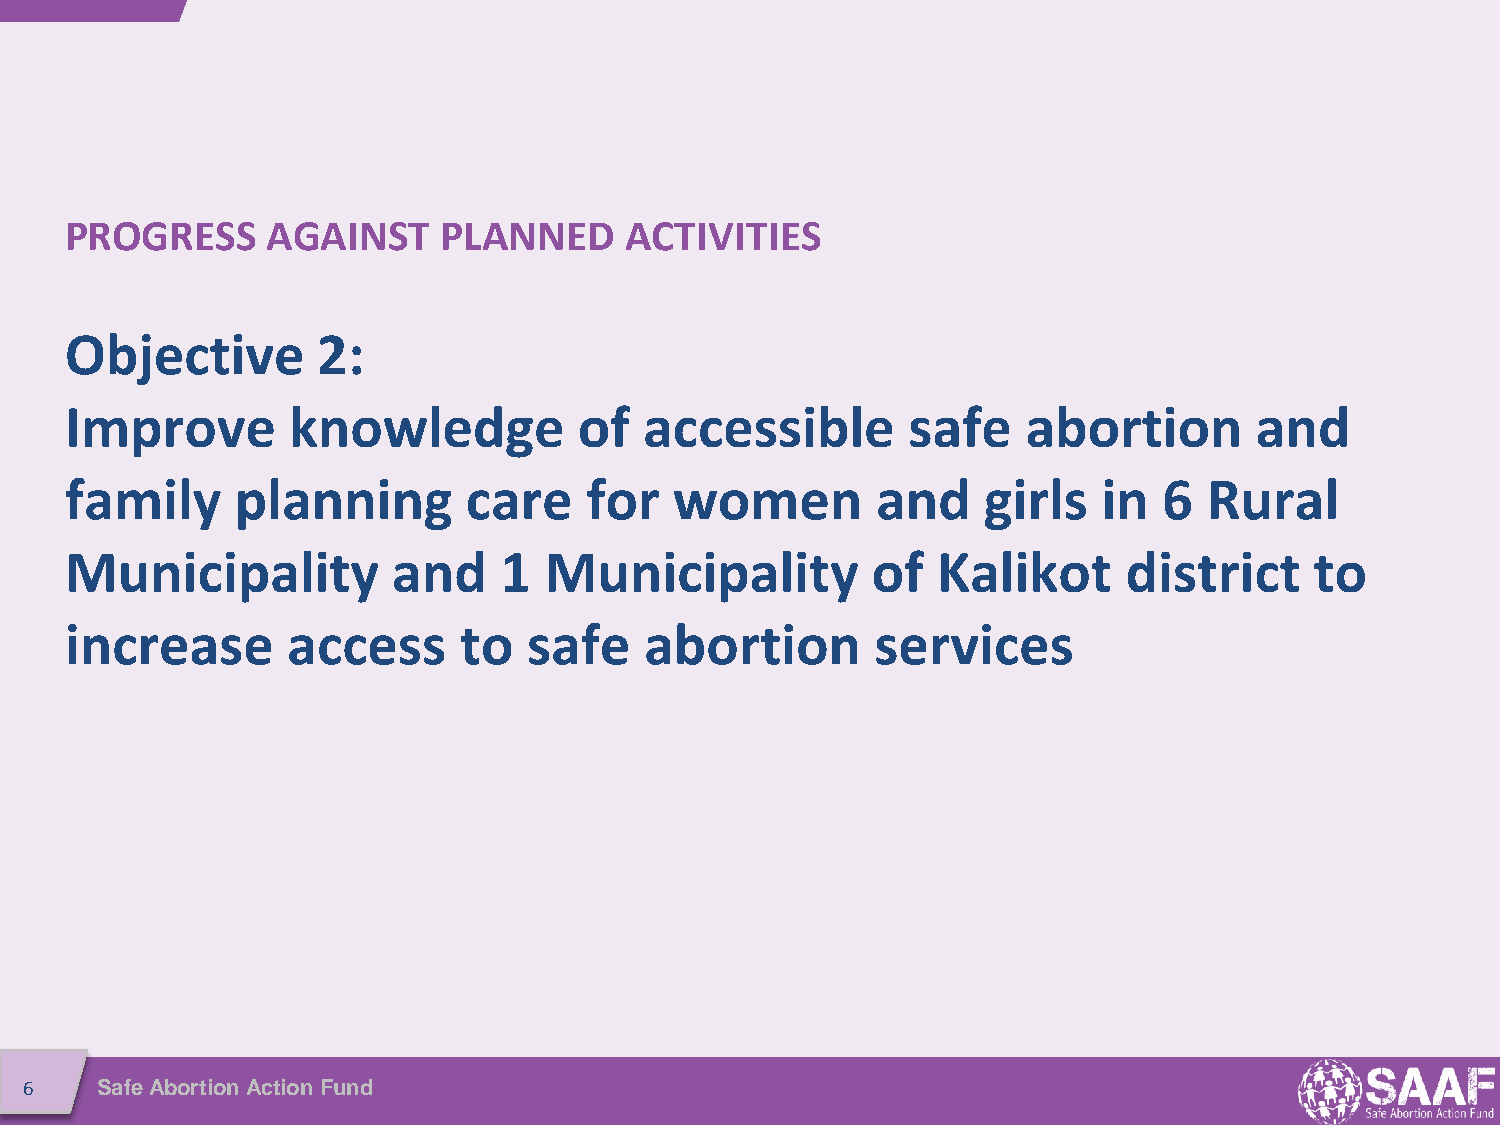
PROGRESS      AGAINST    PLANNED     ACTIVITIES
 Objective        2:
 Improve        knowledge          of   accessible       safe    abortion       and
 family      planning       care    for   women        and    girls   in  6  Rural
 Municipality          and    1  Municipality          of  Kalikot      district    to
 increase       access     to   safe    abortion       services
 6   Safe Abortion Action Fund